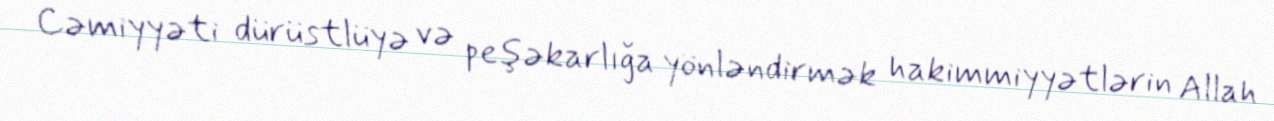
Cəmiyyəti dürüstlüyə və peşəkarlığa yönləndirmək hakimmiyyətlərin Allah